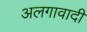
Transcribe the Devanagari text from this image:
अलगावादी